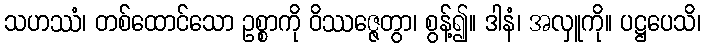
သဟဿံ၊ တစ်ထောင်သော ဥစ္စာကို ဝိဿဇ္ဇေတွာ၊ စွန့်၍။ ဒါနံ၊ အလှူကို။ ပဋ္ဌပေသိ၊